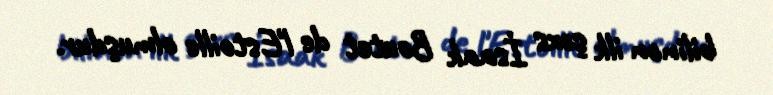
bilinən ilk şəxs İsaak Boutet de l'Estoille olmuşdur.